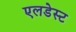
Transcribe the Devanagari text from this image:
एलडेस्ट